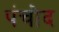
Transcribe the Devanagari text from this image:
पंचोद